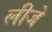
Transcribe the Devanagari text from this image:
लीजे